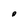
Character: o